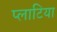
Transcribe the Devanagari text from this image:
प्लाटिया